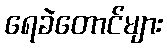
ရေခဲတောင်များ